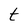
Character: t